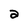
Character: 2